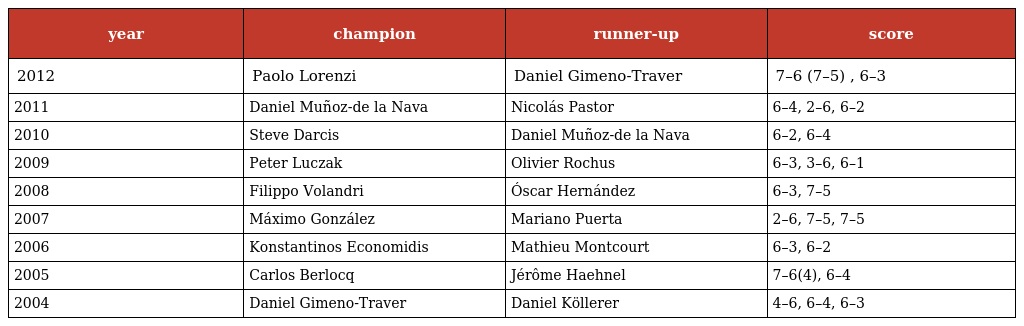
| year | champion | runner-up | score |
 | --- | --- | --- | --- |
 | 2012 | Paolo Lorenzi | Daniel Gimeno-Traver | 7–6 (7–5) , 6–3 |
 | 2011 | Daniel Muñoz-de la Nava | Nicolás Pastor | 6–4, 2–6, 6–2 |
 | 2010 | Steve Darcis | Daniel Muñoz-de la Nava | 6–2, 6–4 |
 | 2009 | Peter Luczak | Olivier Rochus | 6–3, 3–6, 6–1 |
 | 2008 | Filippo Volandri | Óscar Hernández | 6–3, 7–5 |
 | 2007 | Máximo González | Mariano Puerta | 2–6, 7–5, 7–5 |
 | 2006 | Konstantinos Economidis | Mathieu Montcourt | 6–3, 6–2 |
 | 2005 | Carlos Berlocq | Jérôme Haehnel | 7–6(4), 6–4 |
 | 2004 | Daniel Gimeno-Traver | Daniel Köllerer | 4–6, 6–4, 6–3 |